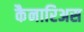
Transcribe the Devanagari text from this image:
कैनारिअस